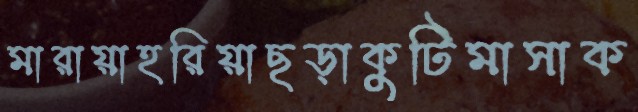
মারায়াহরিয়াছড়াকুটিমাসাক